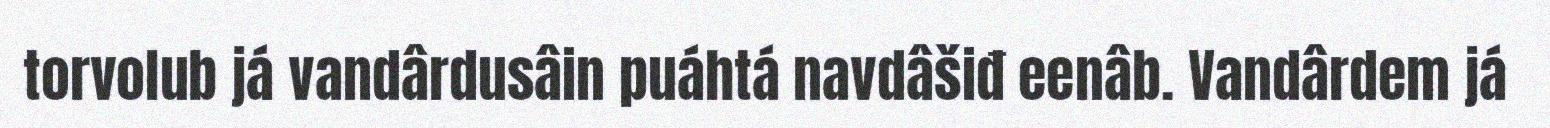
torvolub já vandârdusâin puáhtá navdâšiđ eenâb. Vandârdem já